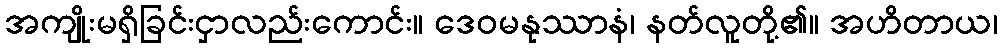
အကျိုးမရှိခြင်းငှာလည်းကောင်း။ ဒေဝမနုဿာနံ၊ နတ်လူတို့၏။ အဟိတာယ၊